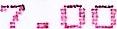
7.00